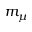
m _ { \mu }